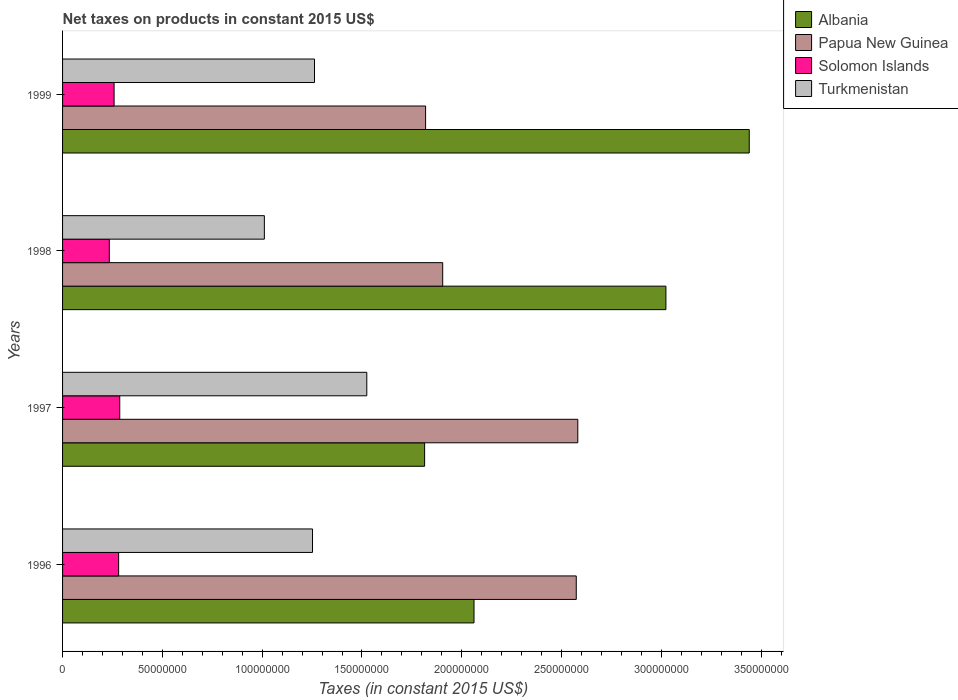
| Years | Albania | Papua New Guinea | Solomon Islands | Turkmenistan |
 | --- | --- | --- | --- | --- |
 | 1996 | 2.06e+08 | 2.57e+08 | 2.81e+07 | 1.25e+08 |
 | 1997 | 1.81e+08 | 2.58e+08 | 2.87e+07 | 1.52e+08 |
 | 1998 | 3.02e+08 | 1.9e+08 | 2.34e+07 | 1.01e+08 |
 | 1999 | 3.44e+08 | 1.82e+08 | 2.58e+07 | 1.26e+08 |